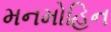
મનમોહિન